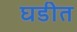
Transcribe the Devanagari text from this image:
घडीत